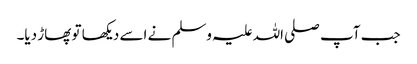
جب آپ صلی اللہ علیہ وسلم نے اسے دیکھا تو پھاڑ دیا۔